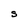
Character: S